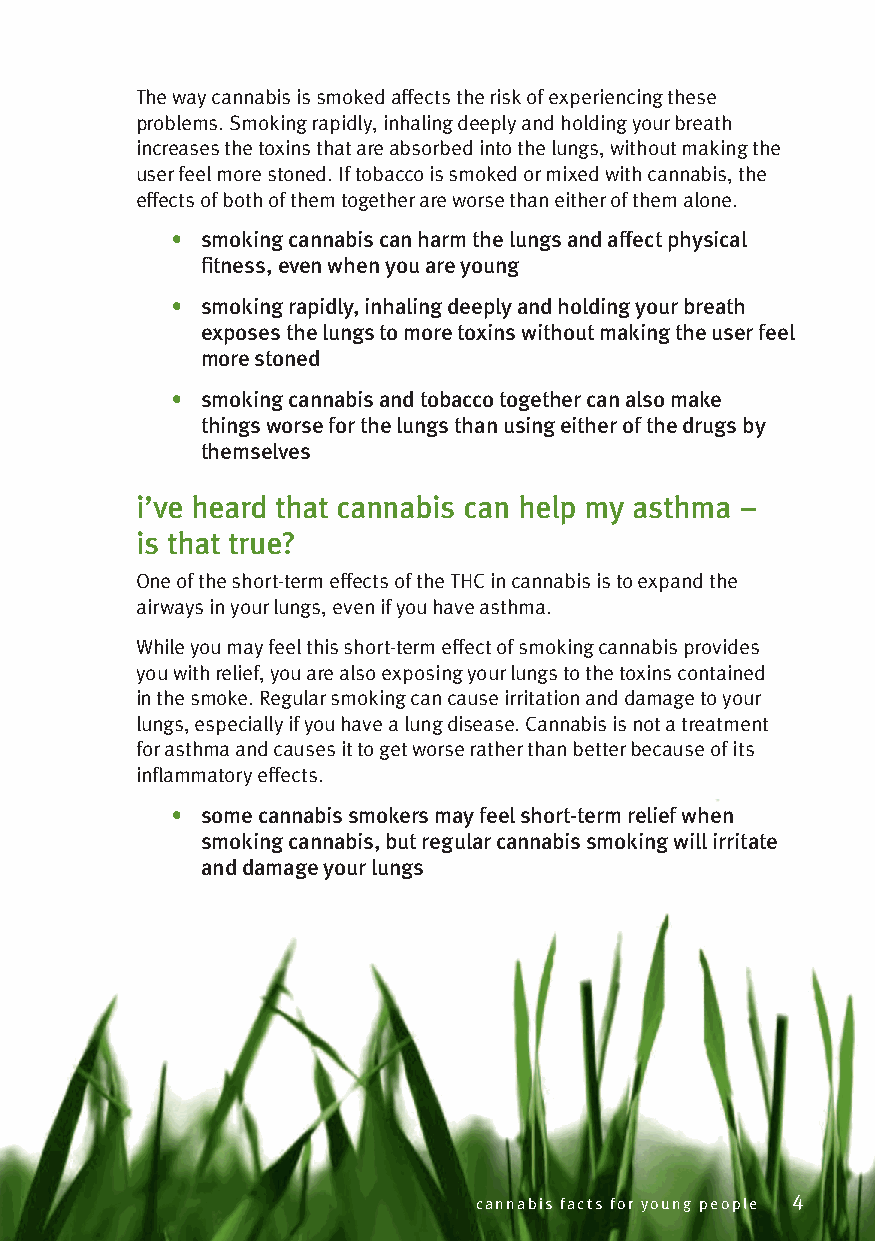
The way cannabis is smoked affects the risk of experiencing these
 problems. Smoking rapidly, inhaling deeply and holding your breath
 increases the toxins that are absorbed into the lungs, without making the
 user feel more stoned. If tobacco is smoked or mixed with cannabis, the
 effects of both of them together are worse than either of them alone.
 • smoking cannabis can harm the lungs and affect physical
 fitness, even when you are young
 • smoking rapidly, inhaling deeply and holding your breath
 exposes the lungs to more toxins without making the user feel
 more stoned
 • smoking cannabis and tobacco together can also make
 things worse for the lungs than using either of the drugs by
 themselves
 i’ve heard that cannabis can help my asthma –
 is that true?
 One of the short-term effects of the THC in cannabis is to expand the
 airways in your lungs, even if you have asthma.
 While you may feel this short-term effect of smoking cannabis provides
 you with relief, you are also exposing your lungs to the toxins contained
 in the smoke. Regular smoking can cause irritation and damage to your
 lungs, especially if you have a lung disease. Cannabis is not a treatment
 for asthma and causes it to get worse rather than better because of its
 inflammatory effects.
 • some cannabis smokers may feel short-term relief when
 smoking cannabis, but regular cannabis smoking will irritate
 and damage your lungs
 cannabis facts for young people 4